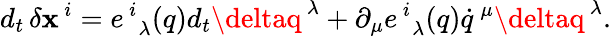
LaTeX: {d_{t}}\, \delta\mathbf{x}^{\, i}=e_{\, \, \, \lambda}^{\, i}(q)d_{t}\deltaq^{\, \lambda}+\partial_{\mu}e_{\, \, \, \lambda}^{\, i}(q)\dot{{q}}^{\, \mu}\deltaq^{\, \lambda}.